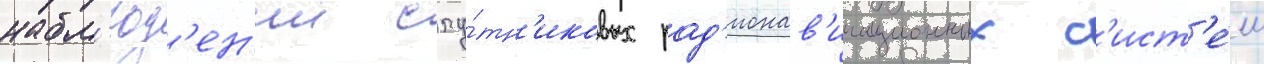
набл'юд'ен'ии спу́тн'иковых рад'ионав'игационных с'ист'е́м